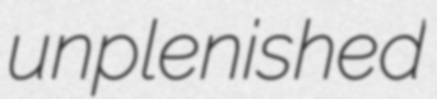
unplenished